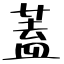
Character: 蓋